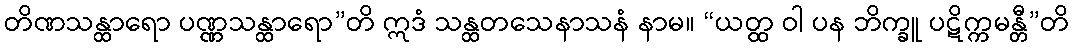
တိဏသန္ထာရော ပဏ္ဏသန္ထာရော”တိ ဣဒံ သန္ထတသေနာသနံ နာမ။ “ယတ္ထ ဝါ ပန ဘိက္ခူ ပဋိက္ကမန္တီ”တိ